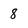
Character: 8